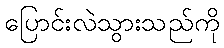
ပြောင်းလဲသွားသည်ကို